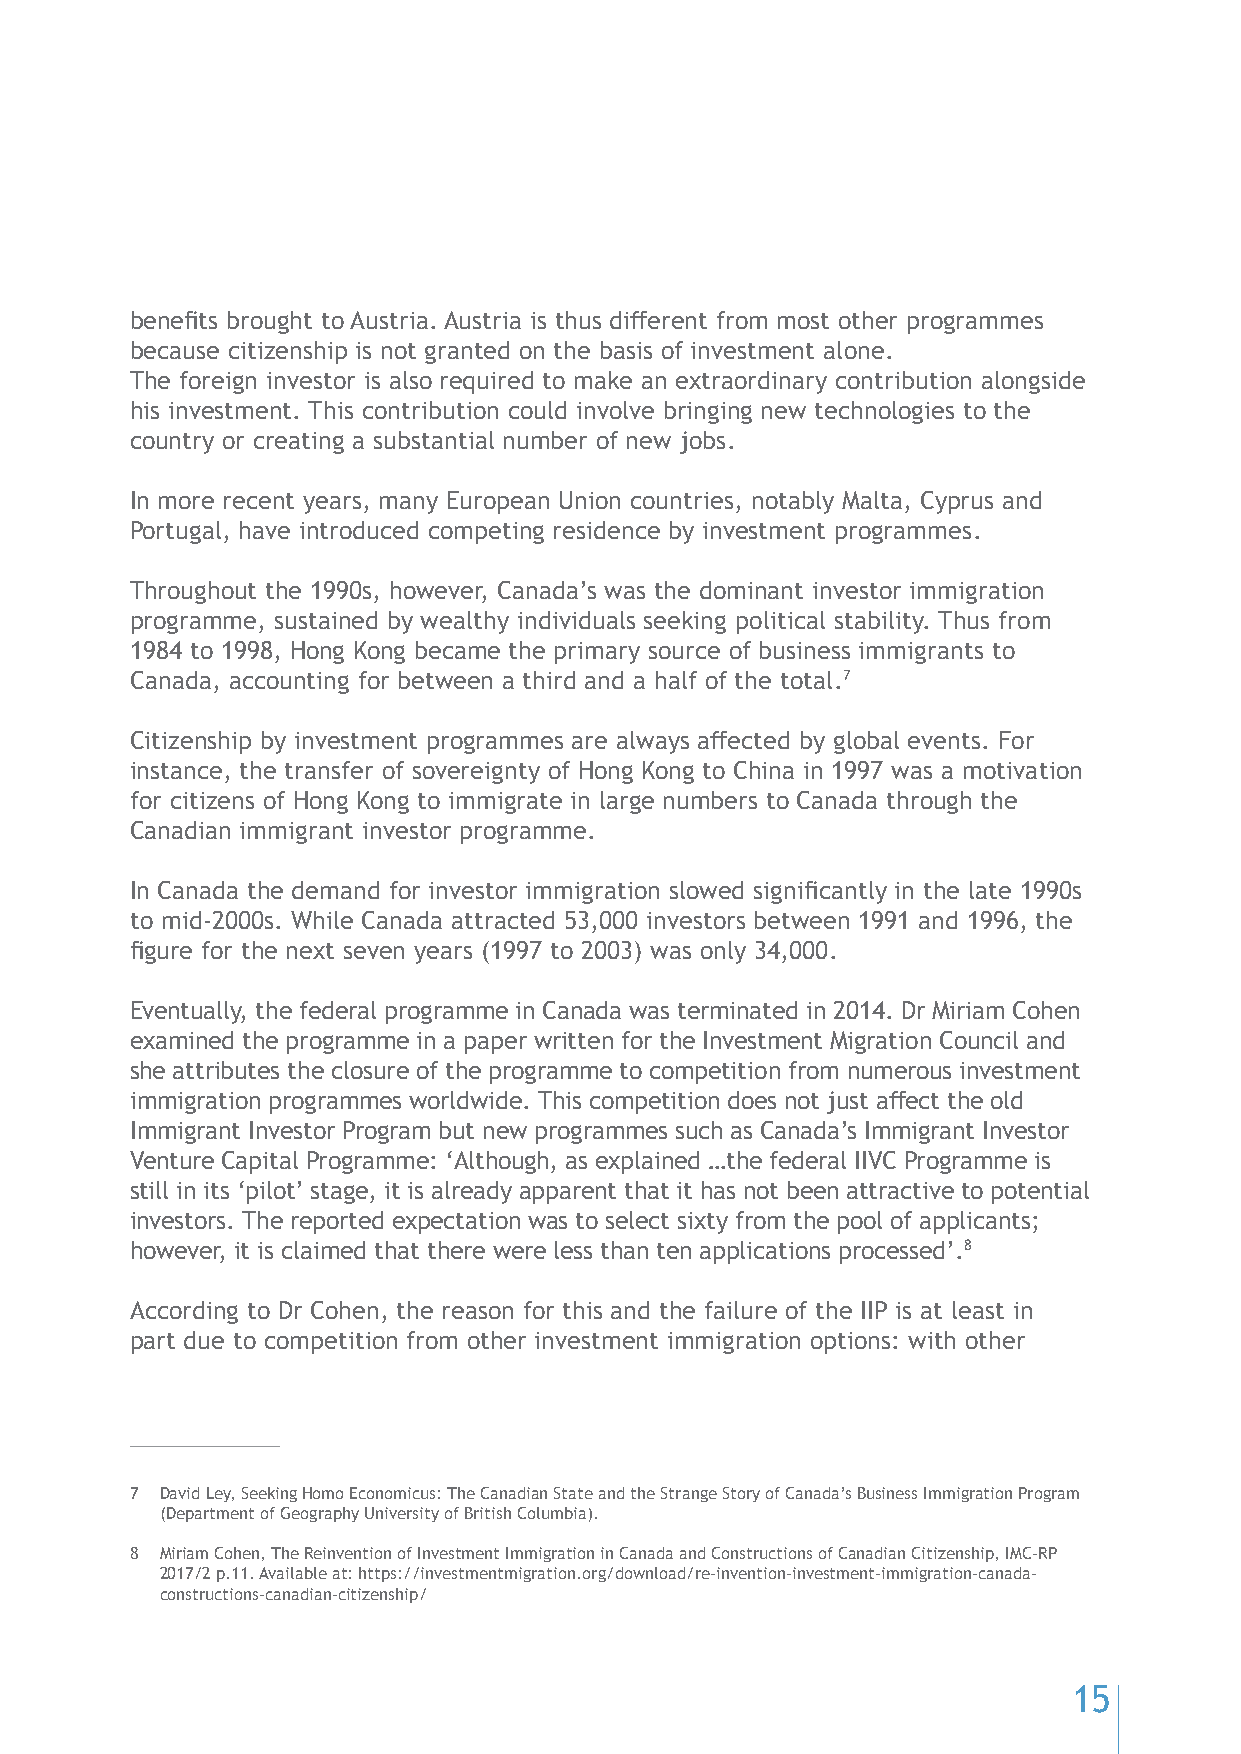
benefits brought to Austria. Austria is thus different from most other programmes
 because citizenship is not granted on the basis of investment alone.
 The foreign investor is also required to make an extraordinary contribution alongside
 his investment. This contribution could involve bringing new technologies to the
 country or creating a substantial number of new jobs.
 In more recent years, many European Union countries, notably Malta, Cyprus and
 Portugal, have introduced competing residence by investment programmes.
 Throughout the 1990s, however, Canada’s was the dominant investor immigration
 programme, sustained by wealthy individuals seeking political stability. Thus from
 1984 to 1998, Hong Kong became the primary source of business immigrants to
 Canada, accounting for between a third and a half of the total.7
 Citizenship by investment programmes are always affected by global events. For
 instance, the transfer of sovereignty of Hong Kong to China in 1997 was a motivation
 for citizens of Hong Kong to immigrate in large numbers to Canada through the
 Canadian immigrant investor programme.
 In Canada the demand for investor immigration slowed significantly in the late 1990s
 to mid-2000s. While Canada attracted 53,000 investors between 1991 and 1996, the
 figure for the next seven years (1997 to 2003) was only 34,000.
 Eventually, the federal programme in Canada was terminated in 2014. Dr Miriam Cohen
 examined the programme in a paper written for the Investment Migration Council and
 she attributes the closure of the programme to competition from numerous investment
 immigration programmes worldwide. This competition does not just affect the old
 Immigrant Investor Program but new programmes such as Canada’s Immigrant Investor
 Venture Capital Programme: ‘Although, as explained …the federal IIVC Programme is
 still in its ‘pilot’ stage, it is already apparent that it has not been attractive to potential
 investors. The reported expectation was to select sixty from the pool of applicants;
 however, it is claimed that there were less than ten applications processed’.8
 According to Dr Cohen, the reason for this and the failure of the IIP is at least in
 part due to competition from other investment immigration options: with other
 7 David Ley, Seeking Homo Economicus: The Canadian State and the Strange Story of Canada’s Business Immigration Program
 (Department of Geography University of British Columbia).
 8 Miriam Cohen, The Reinvention of Investment Immigration in Canada and Constructions of Canadian Citizenship, IMC-RP
 2017/2 p.11. Available at: https://investmentmigration.org/download/re-invention-investment-immigration-canada-
 constructions-canadian-citizenship/
 15